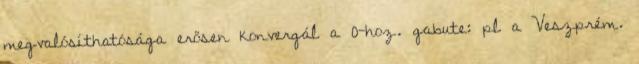
megvalósíthatósága erősen konvergál a 0-hoz. gabute: pl a Veszprém.